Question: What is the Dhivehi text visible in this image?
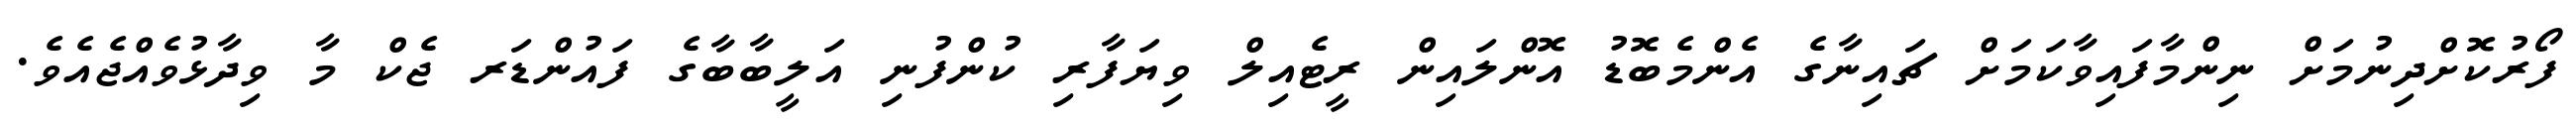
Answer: ފޯރުކޮށްދިނުމަށް ނިންމާފައިވާކަމަށް ޗައިނާގެ އެންމެބޮޑު އޮންލައިން ރީޓެއިލް ވިޔަފާރި ކުންފުނި އަލީބާބާގެ ފައުންޑަރ ޖެކް މާ ވިދާޅުވެއްޖެއެވެ.